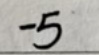
$-5$